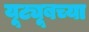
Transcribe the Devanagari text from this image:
यूट्यूबच्या